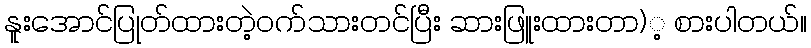
နူးအောင်ပြုတ်ထားတဲ့ဝက်သားတင်ပြီး ဆားဖြူးထားတာ)့ စားပါတယ်။